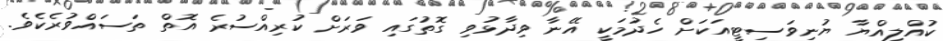
ކުއްލިއްޔާ ޔުނިވަސިޓީއަކަށް ހެދުމަކީ އޭނާ ވިދާޅުވި ގޮތުގައި ވަރަށް ކުރިއްސުރެ އޮތް ތަސައްވުރެކެވެ.